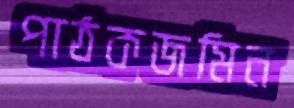
পাঠকজমিন